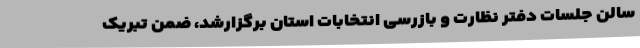
سالن جلسات دفتر نظارت و بازرسی انتخابات استان برگزارشد، ضمن تبریک